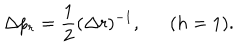
LaTeX: \Delta p _ { r } = \frac { 1 } { 2 } ( \Delta r ) ^ { - 1 } , ( h = 1 ) .